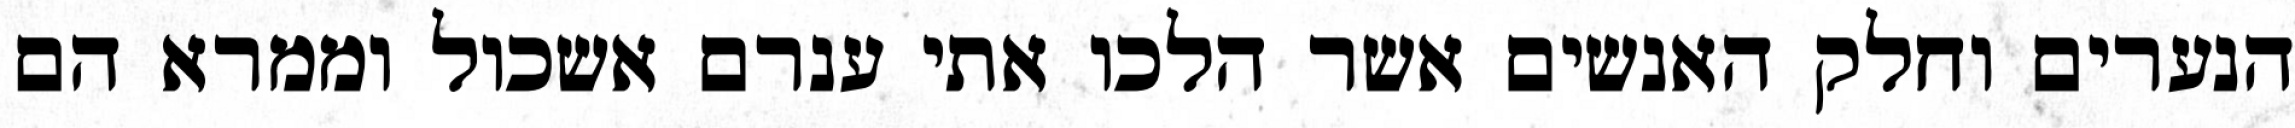
הנערים וחלק האנשים אשר הלכו אתי ענרם אשכול וממרא הם